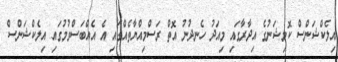
އިލެކްޝަންސް ކޮމިޝަނުގެ އިދާރާގައި މިއަދު ހެނދުނު އޮތް ރަސްމިއްޔާތެއްގައި އެ އެއްބަސްވުމުގައި އިލެކްޝަންސް